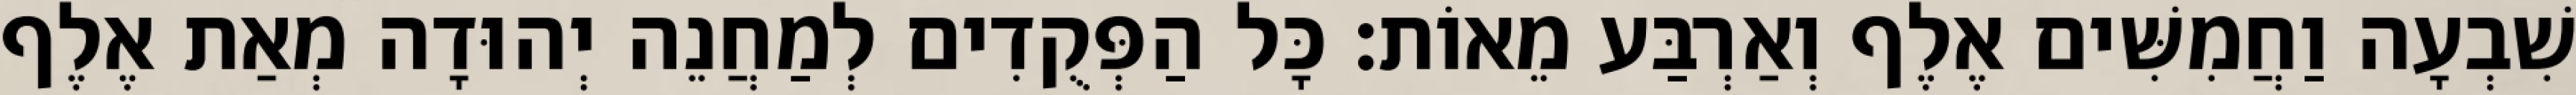
שִׁבְעָה וַחֲמִשִּׁים אֶלֶף וְאַרְבַּע מֵאוֹת׃ כָּל הַפְּקֻדִים לְמַחֲנֵה יְהוּדָה מְאַת אֶלֶף